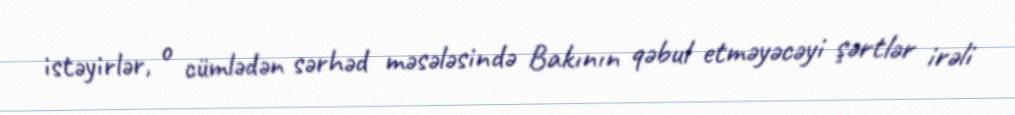
istəyirlər, o cümlədən sərhəd məsələsində Bakının qəbul etməyəcəyi şərtlər irəli